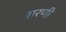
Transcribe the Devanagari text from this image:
रारणी